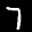
Label: 7